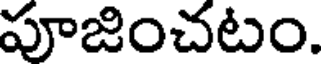
పూజించటం.